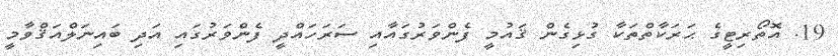
19. އޮތޯރިޓީގެ ޙަރަކާތްތަކާ ގުޅިގެން ޤައުމީ ފެންވަރުގައާއި ސަރަހައްދީ ފެންވަރުގައި އަދި ބައިނަލްއަޤްވާމީ